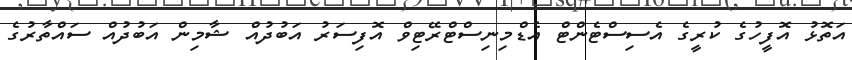
އަތޮޅު އޮފީހުގެ ކުރީގެ އެސިސްޓެންޓް އެޑްމިނިސްޓްރޭޓިވް އޮފިސަރު އަބުދުއް ޝާމިން އަބުދުއް ސައްތާރުގެ